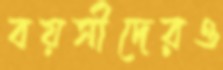
বয়সীদেরও